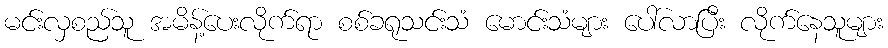
မင်းလှစည်သူ အမိန့်ပေးလိုက်ရာ စစ်ခရုသင်းသံ မောင်းသံများ ပေါ်လာပြီး လိုက်နေသူများ